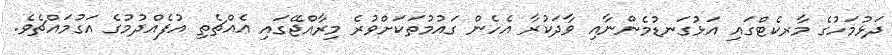
ދަޅުމަހުގެ މާރކެޓްގައި އަޅުގަނޑުމެންނާއިިި ވާދަކުރާ އެހެން ގައުމުތަކަށްވުރެ މިރާއްޖޭގައި އެއްޗެތި އުފެއްދުމުގެ އަގުމައްޗެވެ.